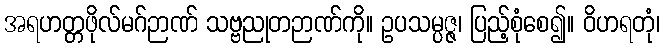
အရဟတ္တဖိုလ်မဂ်ဉာဏ် သဗ္ဗညုတဉာဏ်ကို။ ဥပသမ္ပဇ္ဇ၊ ပြည့်စုံစေ၍။ ဝိဟရတုံ၊